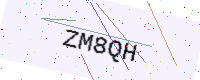
Text: ZM8QH